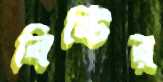
বিষ্টির